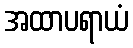
အထာပရာယံ